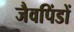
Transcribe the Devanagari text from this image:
जैवपिंडों